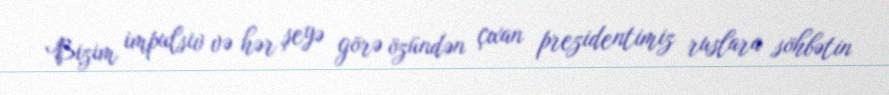
Bizim impulsiv və hər şeyə görə özündən çıxan prezidentimiz ruslara söhbətin